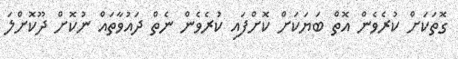
ގޮތަކަށް ކުރެވެން އޮތް ބަޔަކަށް ކޮށްފައި ކުރެވެން ނެތް ދައުވާތައް ނުކޮށް ދޫކޮށްލަ